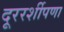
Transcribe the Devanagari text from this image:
दूररर्शीपणा